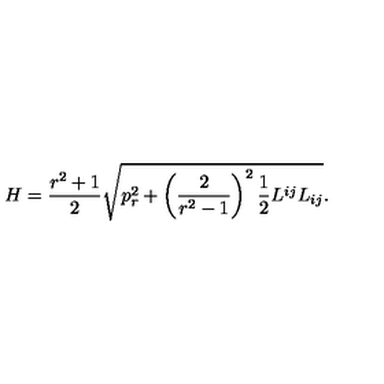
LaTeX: H = \frac { r ^ { 2 } + 1 } 2 \sqrt { p _ { r } ^ { 2 } + \left( \frac 2 { r ^ { 2 } - 1 } \right) ^ { 2 } \frac 1 2 L ^ { i j } L _ { i j } } .